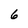
Character: 6